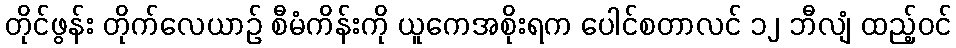
တိုင်ဖွန်း တိုက်လေယာဉ် စီမံကိန်းကို ယူကေအစိုးရက ပေါင်စတာလင် ၁၂ ဘီလျံ ထည့်ဝင်